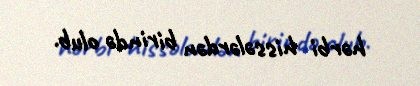
hərbi hissələrdən birində olub.